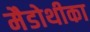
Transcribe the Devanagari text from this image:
मैडोथीका